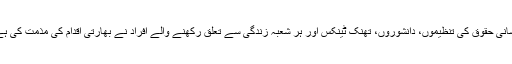
انسانی حقوق کی تنظیموں، دانشوروں، تھنک ٹینکس اور ہر شعبہ زندگی سے تعلق رکھنے والے افراد نے بھارتی اقدام کی مذمت کی ہے۔